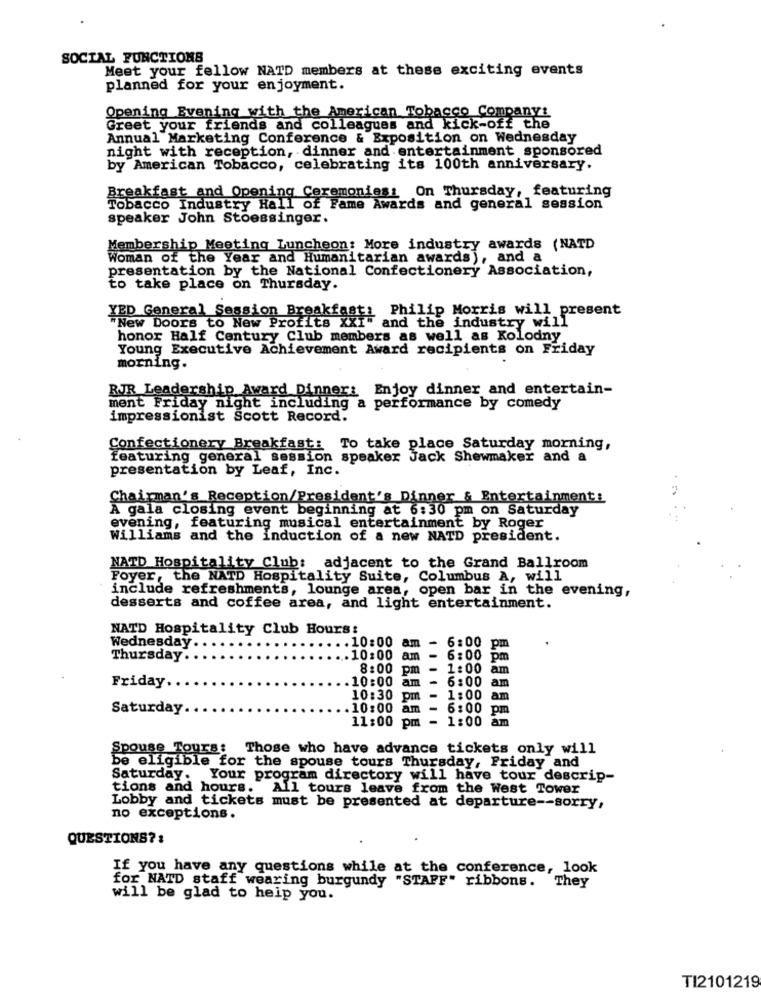
SOCIAL FUNCTIONS
Meet your fellow NATD members at these exciting events
planned for your enjoyment.
Opening Evening with the American Tobacco Company:
Greet your friends and colleagues and kick-off the
Annual Marketing Conference & Exposition on Wednesday
night with reception, dinner and entertainment sponsored
by American Tobacco, celebrating its 100th anniversary.
Breakfast and Opening Ceremonies: On Thursday, featuring
Tobacco Industry Hall of Fame Awards and general session
speaker John Stoessinger.
Membership Meeting Luncheon: More industry awards (NATD
Woman of the Year and Humanitarian awards), and a
presentation by the National Confectionery Association,
to take place on Thursday.
YED General Session Breakfast: Philip Morris will present
*New Doors to New Profits XXI
"if" and the industry will
honor Half Century Club members as well as Kolodny
Young Executive Achievement Award recipients on Friday
morning.
RJR Leadership Award Dinner: Enjoy dinner and entertain-
ment Friday night including a performance by comedy
impressionist Scott Record.
Confectionery Breakfast: To take place Saturday morning,
featuring general session speaker Jack Shewmaker and a
presentation by Leaf, Inc.
Chairman's Reception/President's Dinner & Entertainment:
A gala closing event beginning at 6:30 pm on Saturday
evening, featuring musical entertainment by Roger
Williams and the induction of a new NATD president.
NATD Hospitality Club: adjacent to the Grand Ballroom
Foyer, the NATD Hospitality Suite, Columbus A, will
include refreshments, lounge area, open bar in the evening,
desserts and coffee area, and light entertainment.
NATD Hospitality Club Hours:
Wednesday.
.10:00 am
- 6:00 pm
Thursday .
10:00 am
6:00
pm
8:00
pm
- 1:00 am
Friday.
10:00
am -
6:00
am
10:30
pm -
1:00
am
Saturday
.10:00
am
- 6:00
pm
11:00 pm - 1:00
Spouse Tours: Those who have advance tickets only will
be eligible for the spouse tours Thursday, Friday and
Saturday. Your program directory will have tour descrip-
tions and hours. All tours leave from the West Tower
Lobby and tickets must be presented at departure -- sorry,
no exceptions.
QUESTIONS ?:
If you have any questions while at the conference, look
for NATD staff wearing burgundy "STAFF" ribbons.
They
will be glad to help you.
TI2101219